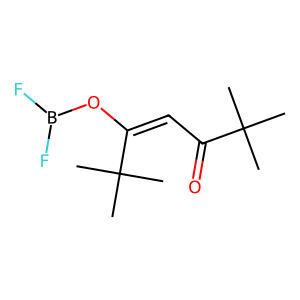
SMILES: CC(C)(C)C(=O)C=C(OB(F)F)C(C)(C)C
Inhibits HIV replication: No